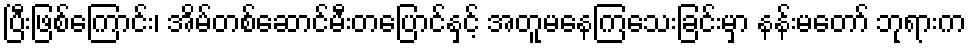
ပြီးဖြစ်ကြောင်း၊ အိမ်တစ်ဆောင်မီးတပြောင်နှင့် အတူမနေကြသေးခြင်းမှာ နန်းမတော် ဘုရားက